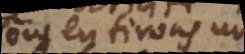
ous en tirons une